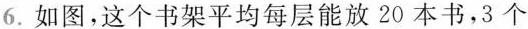
6.如图,这个书架平均每层能放20本书,3个